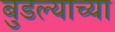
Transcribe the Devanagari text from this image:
बुडल्याच्या